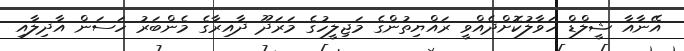
އޭނާއާ ޝީލްޑް ހަވާލުކޮށްދެއްވީ ރައްޔިތުންގެ މަޖިލީހުގެ މަރަދޫ ދާއިރާގެ މެންބަރު ހަސަން އާދިލާއި